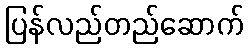
ပြန်လည်တည်ဆောက်